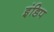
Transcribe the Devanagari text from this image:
इंडिप